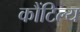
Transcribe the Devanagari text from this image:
कौंटिल्य